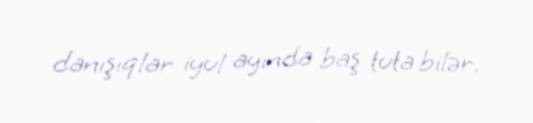
danışıqlar iyul ayında baş tuta bilər.